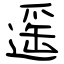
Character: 遥